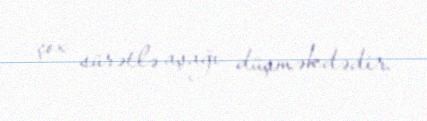
çox sürətlə aşağı düşməkdədir.